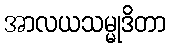
အာလယသမ္မုဒိတာ